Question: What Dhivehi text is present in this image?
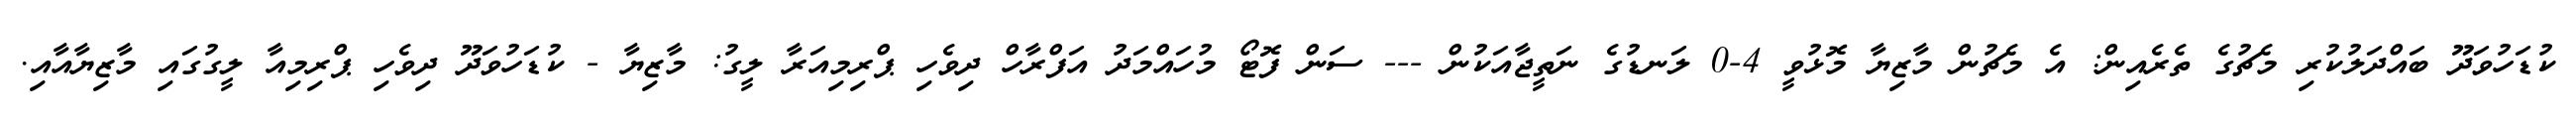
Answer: ކުޑަހުވަދޫ ބައްދަލުކުރި މެޗުގެ ތެރެއިން: އެ މެޗުން މާޒިޔާ މޮޅުވީ 4-0 ލަނޑުގެ ނަތީޖާއަކުން --- ސަން ފޮޓޯ މުހައްމަދު އަފްރާހް ދިވެހި ޕްރިމިއަރާ ލީގު: މާޒިޔާ - ކުޑަހުވަދޫ ދިވެހި ޕްރިމިއާ ލީގުގައި މާޒިޔާއާއި.